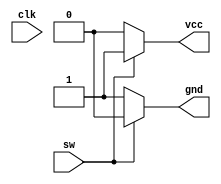
module testMotor(vcc, gnd, sw, clk);

input sw, clk;

output vcc;
output gnd;

reg vcc, gnd;

always @ (1) begin
  if(sw == 1) begin
    vcc <= 1;
    gnd <= 0;
  end 
  else begin
    vcc <= 0;
    gnd <= 1;
  end
end

endmodule